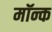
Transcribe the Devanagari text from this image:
मॉन्क